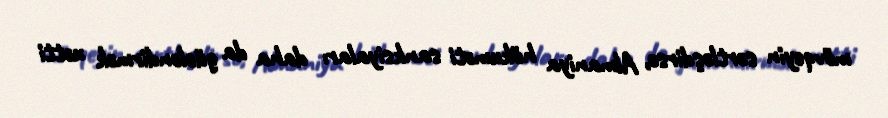
mövqeyin sərtləşdirsə, Almaniya hökuməti sanksiyaları daha da gücləndirmək xətti